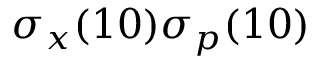
\sigma _ { x } ( 1 0 ) \sigma _ { p } ( 1 0 )